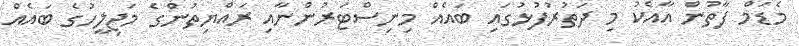
މެޑަމް ފާތުން އާއެކު މި ދަތުރުފުޅުގައި ބައެއް މިނިސްޓަރުންނާއި ރައްޔިތުންގެ މަޖިލީހުގެ ބައެއް